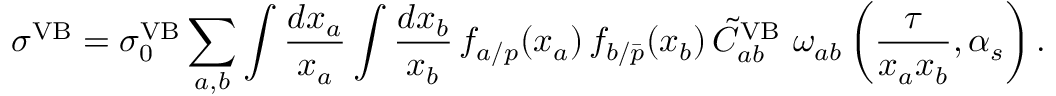
\sigma ^ { \mathrm { V B } } = \sigma _ { 0 } ^ { \mathrm { V B } } \sum _ { a , b } \int { \frac { d x _ { a } } { x _ { a } } } \int { \frac { d x _ { b } } { x _ { b } } } \, f _ { a / p } ( x _ { a } ) \, f _ { b / { \bar { p } } } ( x _ { b } ) \, \tilde { C } _ { a b } ^ { \mathrm { V B } } ~ \omega _ { a b } \left( { \frac { \tau } { x _ { a } x _ { b } } } , \alpha _ { s } \right) .